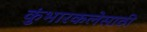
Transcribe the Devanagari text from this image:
कुंभारकलेसाठी